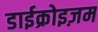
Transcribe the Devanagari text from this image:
डाईक्रोइज़म